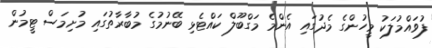
ފުވައްމުލަކު މީހުންގެ މެދުގައި އެންމެ މަގްބޫލް ކައްޓެޅި ބޭނުމުގެ މުބާރާތުގައި މުށިމަސް ޓީމުން